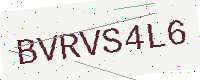
Text: BVRVS4L6